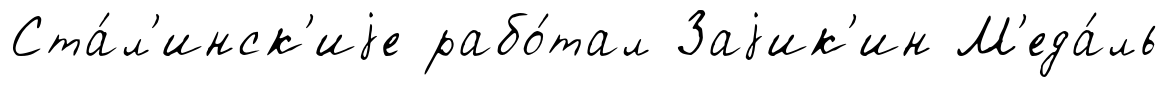
Ста́л'инск'иjе рабо́тал Заjик'ин М'еда́ль